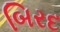
બિરદ